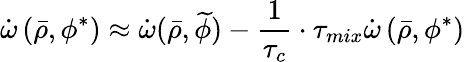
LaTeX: \dot{\omega}\left(\bar{\rho},\phi^{*}\right)\approx\dot{\omega}(\bar{\rho},\widetilde{\phi})-\frac{1}{\tau_{c}}\cdot\tau_{mix}\dot{\omega}\left(\bar{\rho},\phi^{*}\right)